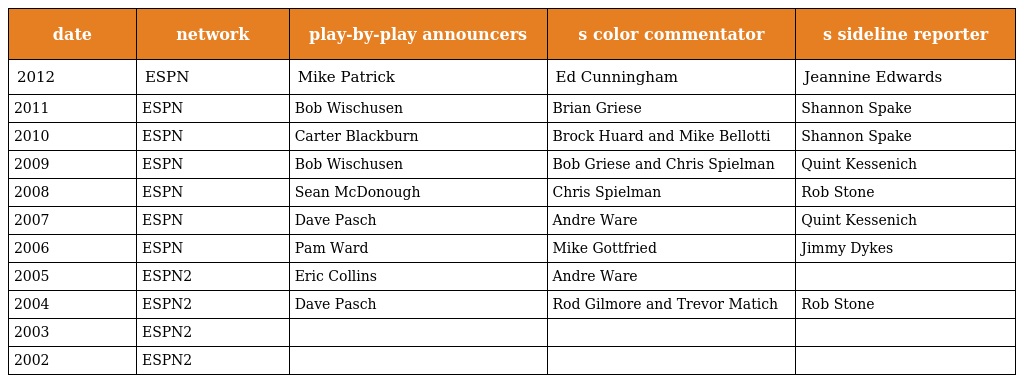
| date | network | play-by-play announcers | s color commentator | s sideline reporter |
 | --- | --- | --- | --- | --- |
 | 2012 | ESPN | Mike Patrick | Ed Cunningham | Jeannine Edwards |
 | 2011 | ESPN | Bob Wischusen | Brian Griese | Shannon Spake |
 | 2010 | ESPN | Carter Blackburn | Brock Huard and Mike Bellotti | Shannon Spake |
 | 2009 | ESPN | Bob Wischusen | Bob Griese and Chris Spielman | Quint Kessenich |
 | 2008 | ESPN | Sean McDonough | Chris Spielman | Rob Stone |
 | 2007 | ESPN | Dave Pasch | Andre Ware | Quint Kessenich |
 | 2006 | ESPN | Pam Ward | Mike Gottfried | Jimmy Dykes |
 | 2005 | ESPN2 | Eric Collins | Andre Ware |  |
 | 2004 | ESPN2 | Dave Pasch | Rod Gilmore and Trevor Matich | Rob Stone |
 | 2003 | ESPN2 |  |  |  |
 | 2002 | ESPN2 |  |  |  |